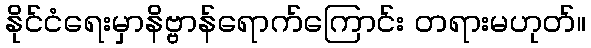
နိုင်ငံရေးမှာနိဗ္ဗာန်ရောက်ကြောင်း တရားမဟုတ်။